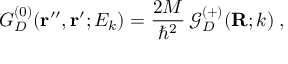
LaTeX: G _ { D } ^ { ( 0 ) } ( { \bf r ^ { \prime \prime } } , { \bf r ^ { \prime } } ; E _ { k } ) = \frac { 2 M } { \hbar ^ { 2 } } \, { \mathcal G } _ { D } ^ { ( + ) } ( { \bf R } ; k ) \; ,